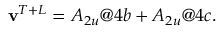
\mathbf { v } ^ { T + L } = A _ { 2 u } @ 4 b + A _ { 2 u } @ 4 c .